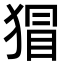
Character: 𭸛